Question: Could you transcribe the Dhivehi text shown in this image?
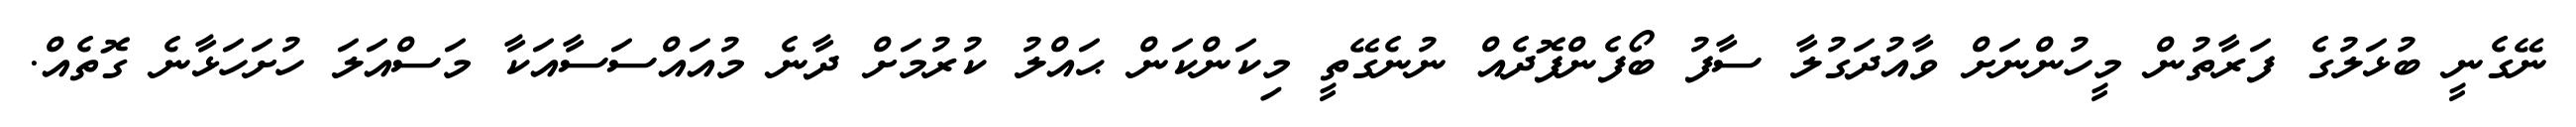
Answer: ނޭގެނީ ބުޅަލުގެ ފަރާތުން މީހުންނަށް ވާއުދަގުލާ ސާފު ބޯފެންފޮދެއް ނުނެގޭތީ މިކަންކަން ޙައްލު ކުރުމަށް ދާނެ މުއައްސަސާއަކާ މަސްއަލަ ހުށަހަޅާނެ ގޮތެއް.